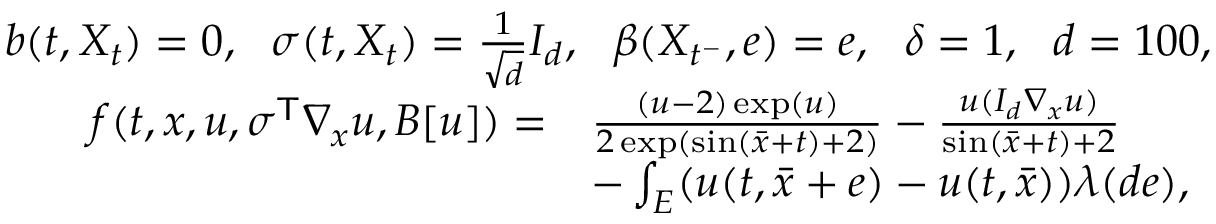
\begin{array} { r } { b ( t , X _ { t } ) = 0 , ~ ~ \sigma ( t , X _ { t } ) = \frac { 1 } { \sqrt d } I _ { d } , ~ ~ \beta ( X _ { t ^ { - } } , e ) = e , ~ ~ \delta = 1 , ~ ~ d = 1 0 0 , } \\ { \begin{array} { r l } { f ( t , x , u , \sigma ^ { \mathsf { T } } \nabla _ { x } u , B [ u ] ) = } & { \frac { ( u - 2 ) \exp ( u ) } { 2 \exp ( \sin ( \bar { x } + t ) + 2 ) } - \frac { u ( I _ { d } \nabla _ { x } u ) } { \sin ( \bar { x } + t ) + 2 } } \\ & { - \int _ { E } ( u ( t , \bar { x } + e ) - u ( t , \bar { x } ) ) \lambda ( d e ) , } \end{array} } \end{array}